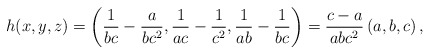
\begin{align*}h(x, y, z)=\left(\frac1{bc}-\frac a{bc^2},\frac1{ac}-\frac1{c^2},\frac1{ab}-\frac1{bc} \right) = \frac{c-a}{abc^2} \left(a, b, c \right),\end{align*}